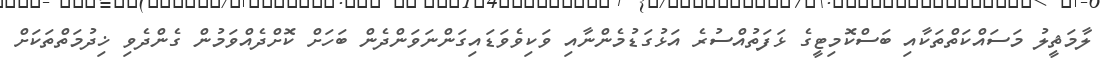
ލާމަޘީލު މަސައްކަތްތަކާއި ބަސްކޮމިޓީގެ ޅަފަތުއްސުރެ އަޅުގަޑުމެންނާއި ވަކިވެވަޑައިގަންނަވަންދެން ބަހަށް ކޮށްދެއްވަމުން ގެންދެވި ޚިދުމަތްތަކަށް